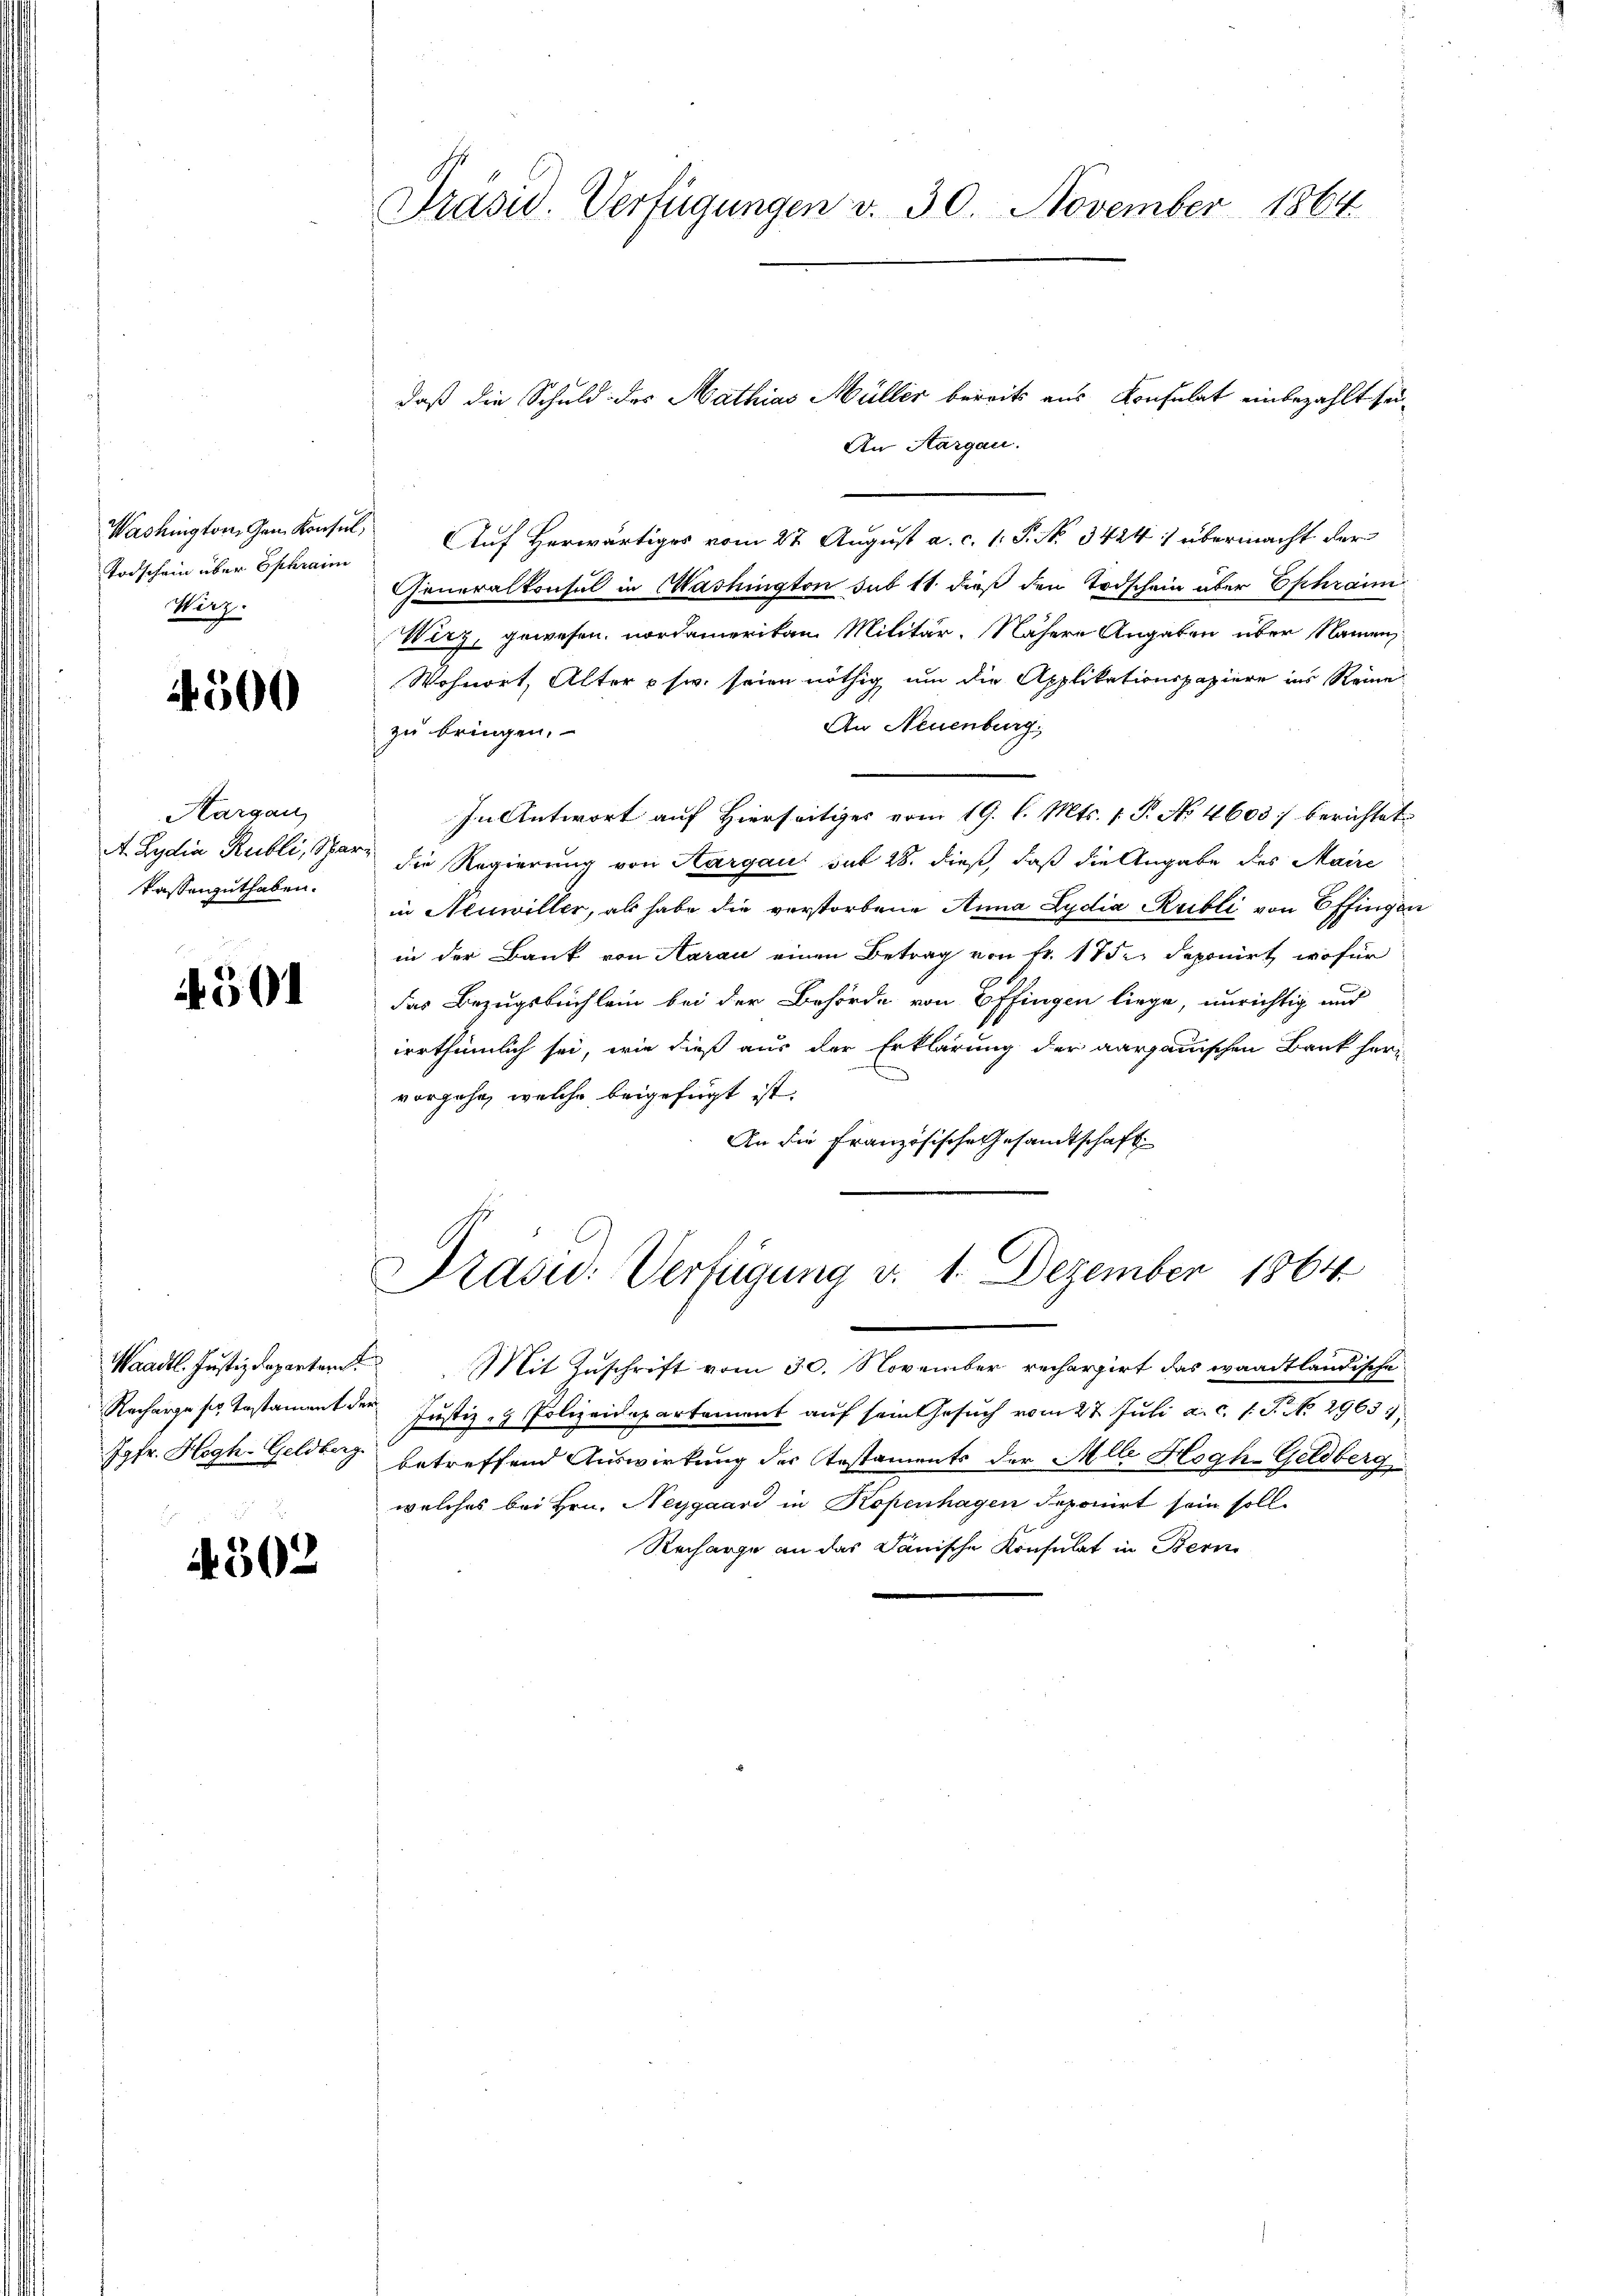
Washington, Gen. Konsul
Todschein über Ephraine
Wurz

4500

Aargau
A. Lydia Rubli, Spar
kassenguthaben.

4501

Waadt. Justizdeparten
Jgfr. Hogh-Geldberg

4502

Präsid. Verfügungen v. 30. November 1864

daß die Schuld des Mathias Müller bereits aus Konsulat einbezahlt sei¬
An Aargau.
Auf Herwärtiges vom 27. August a. c. 1. P. No. 3424) übermacht der
Generalkonsul in Washington sub 11 dieß den Todschein über Ephrain
Wirz, gewesen, nordamerikan Militär. Nähere Angaben über Namen
Wohnort, Alter usw. seien nöthig um die Applikationspapiere ins Reine
An Neuenburg,
zu bringen.
In Antwort auf Hierseitiges vom 19. l. Mts. 1 P. No 4603) berichtet
 die Regierung von Aargau sub 28. dieß, daß die Angabe des Maire
in Neuwiller, als habe die verstorbene Anna Lydia Kubli von 6 Pfingen
in der Bank von Aarau einen Betrag von fr. 17 de deponirt, wofür
das Bezugsbuchlein bei der Behörde von Effingen liege, unrichtig und
irrthümlich sei, wie dieß aus der Erklärung der aargauischen Bank hervorgehe, welche beigefügt ist.
An die Französische Gesandtschaft

Präsid. Verfügung d. 1. Dezember 1864

Mit Zuschrift vom 30. November rechargirt das waadtländische
Racharge ser Testament der Justiz- & Polizeidepartement aŭf sein Gesŭch vom 27. Juli a. c. 1. P. No. 29631,
betreffend Auswirkung der Testaments der Alle Hogh-Geldberg
welches bei Hrn. Neygaard in Kopenhagen deponirt sein soll
Recharge an das Dänische Konsulat in Bern